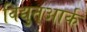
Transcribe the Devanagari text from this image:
विद्युत्आर्क